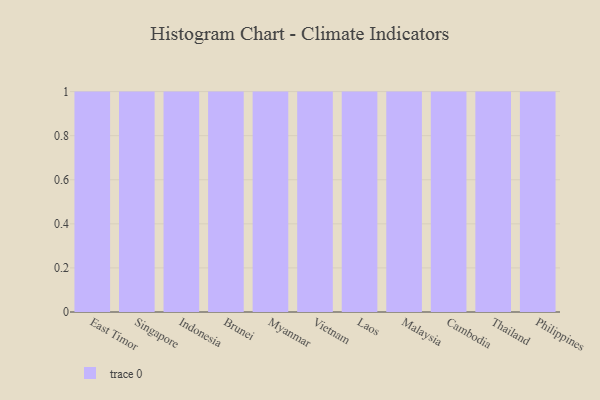
{"axis": {"x": "Country", "y": "Budget (USD K)"}, "legend": [""], "data": [{"x": "East Timor", "y": 15, "type": ""}, {"x": "Singapore", "y": 72, "type": ""}, {"x": "Indonesia", "y": 79, "type": ""}, {"x": "Brunei", "y": 68, "type": ""}, {"x": "Myanmar", "y": 4, "type": ""}, {"x": "Vietnam", "y": 59, "type": ""}, {"x": "Laos", "y": 72, "type": ""}, {"x": "Malaysia", "y": 4, "type": ""}, {"x": "Cambodia", "y": 73, "type": ""}, {"x": "Thailand", "y": 30, "type": ""}, {"x": "Philippines", "y": 35, "type": ""}]}